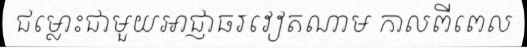
ជម្លោះជាមួយអាជ្ញាធរវៀតណាម កាលពីពេល